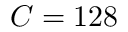
C = 1 2 8